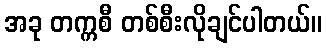
အခု တက္ကစီ တစ်စီးလိုချင်ပါတယ်။